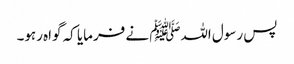
پس رسول اللہﷺ نے فرمایا کہ گواہ رہو۔